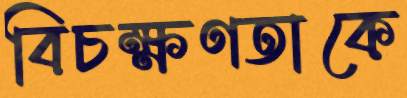
বিচক্ষণতাকে